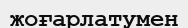
жоғарлатумен